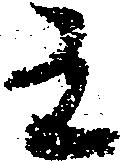
有